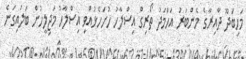
މަހިބަދޫ ދާއިރާގެ މެންބަރު އަހްމަދު ތޯރިގް އިސްލާހު ހުށަހެޅުއްވި އިސްލާހު މަޖިލީހުން ބަލައިގަނެ